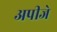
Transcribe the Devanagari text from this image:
अपीजे